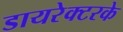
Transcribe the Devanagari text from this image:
डायरेक्टरके